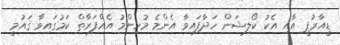
ޑީއާރުޕީ އާއި އެކު ކޯލިޝަން ހަދާފައިވާ އެންމެ މުހިންމު އެއްފަރާތް ކަމުގައިވާ ޤައުމީ